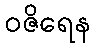
ဝဇိရေန